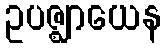
ဥပဇ္ဈာယေန